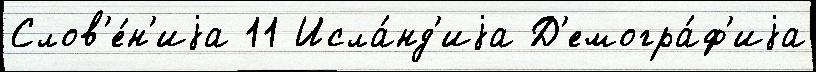
Слов'е́н'иjа 11 Исла́нд'иjа Д'емогра́ф'иjа